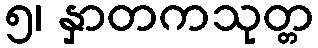
၅၊ နှာတကသုတ္တ